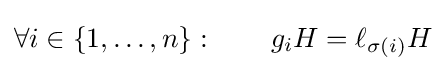
\forall i\in \{1,\ldots ,n\}:\qquad g_{i}H=\ell _{\sigma (i)}H